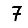
Digit: 7